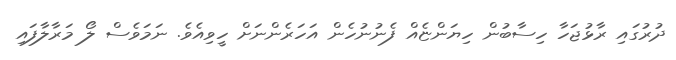
ދުރުގައި ރާޅުޖަހާ ހިސާބުން ހިޔަންޏެއް ފެނުނުހެން އަހަރެންނަށް ހީވިއެވެ. ނަމަވެސް ލޯ މަރާލާފައި